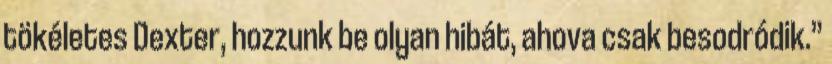
tökéletes Dexter, hozzunk be olyan hibát, ahova csak besodródik.”